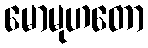
မောမုဟတော